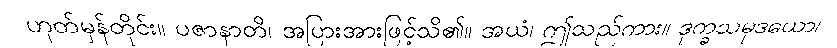
ဟုတ်မှန်တိုင်း။ ပဇာနာတိ၊ အပြားအားဖြင့်သိ၏။ အယံ၊ ဤသည်ကား။ ဒုက္ခသမုဒယော၊